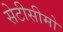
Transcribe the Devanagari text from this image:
सेटीसीमो